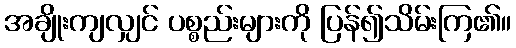
အချိုးကျလျှင် ပစ္စည်းများကို ပြန်၍သိမ်းကြ၏။